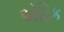
એટિક